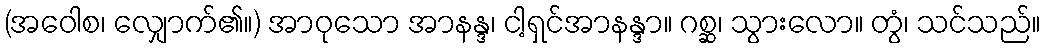
(အဝေါစ၊ လျှောက်၏။) အာဝုသော အာနန္ဒ၊ ငါ့ရှင်အာနန္ဒာ။ ဂစ္ဆ၊ သွားလော။ တွံ၊ သင်သည်။